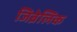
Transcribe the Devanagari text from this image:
जिब्रेलिक